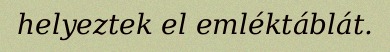
helyeztek el emléktáblát.